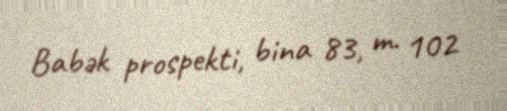
Babək prospekti, bina 83, m. 102